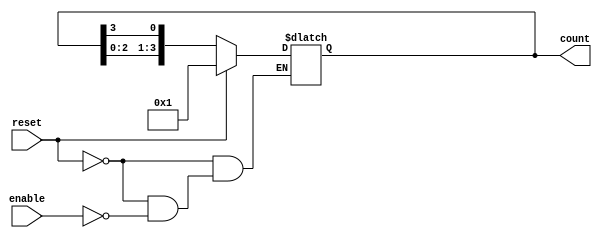
module async_ring_counter (
    input wire reset,       // Asynchronous reset signal
    input wire enable,      // Enable signal to allow counting
    output reg [3:0] count  // 4-bit output representing the counter state
);

    // Initial state of the counter
    initial begin
        count = 4'b0001; // Start with the first flip-flop set to '1'
    end

    // Asynchronous logic for the ring counter
    always @(*) begin
        if (reset) begin
            count = 4'b0001; // Reset the counter to initial state
        end else if (enable) begin
            // Shift the '1' bit to the left, wrapping around
            count = {count[2:0], count[3]}; // Move the '1' bit to the next flip-flop
        end
    end

endmodule